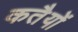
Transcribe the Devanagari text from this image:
कतैयों